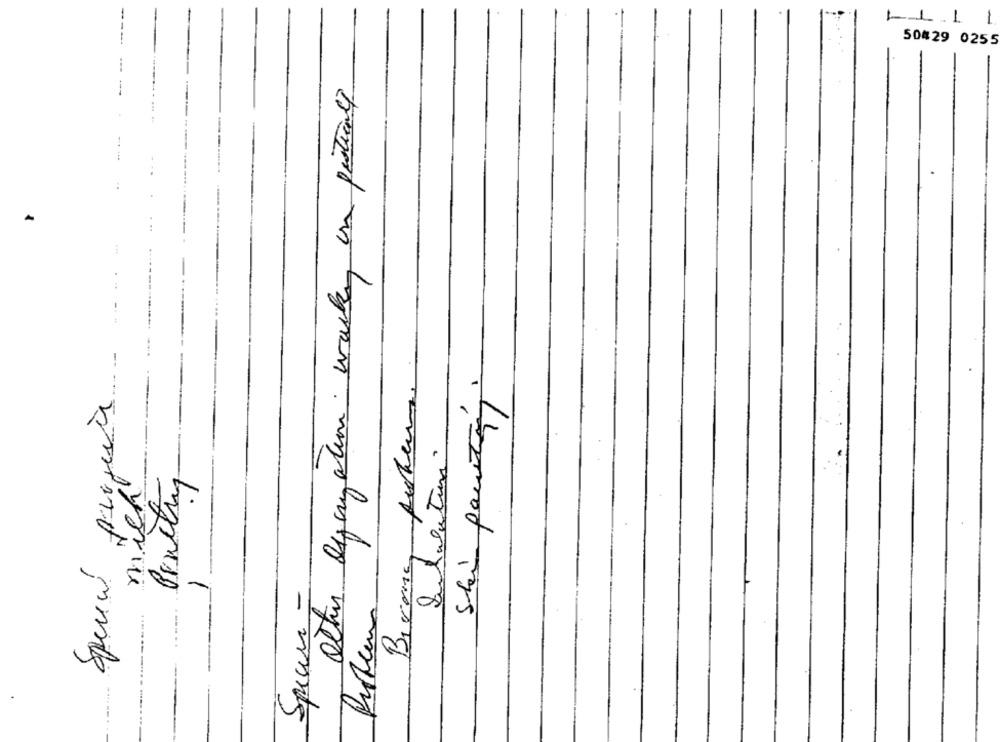
-
-
IL1 1
50429 0255
Other Digamatin wacken en gesticule
--------
--
:
--
Birana, Auteur.
1
Shi pourtant
Instalatur
mich
Practry
Specu -